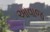
આવાજ